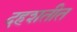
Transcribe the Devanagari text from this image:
दहशतीत